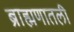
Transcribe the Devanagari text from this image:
ब्राह्मणातली